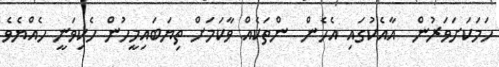
ހަމަކަށަވަރުން  އާއެކުގައި އެހެން  ންތަކެއް ވާކަމަށް ތިޔަބައިމީހުން ހެކިވަނީ ހެއްޔެވެ